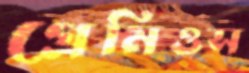
গ্রেমিওস